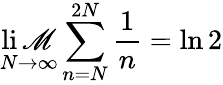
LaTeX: \operatorname*{li\mathscr{M}}_{N\rightarrow\infty}\sum_{n=N}^{2N}{\frac{{1}}{{n}}}=\ln2